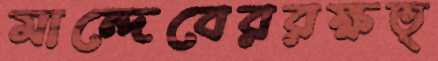
মান্দেবেররক্ষত্